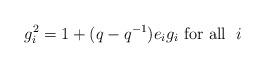
LaTeX: \begin{align*}g_i^2&=1+(q-q^{-1})e_ig_i\mbox{ for all }\; i\end{align*}